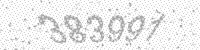
Solution: 383991